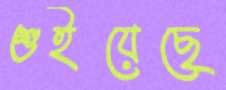
শুইয়েছে